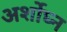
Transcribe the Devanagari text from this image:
अर्शोघ्न